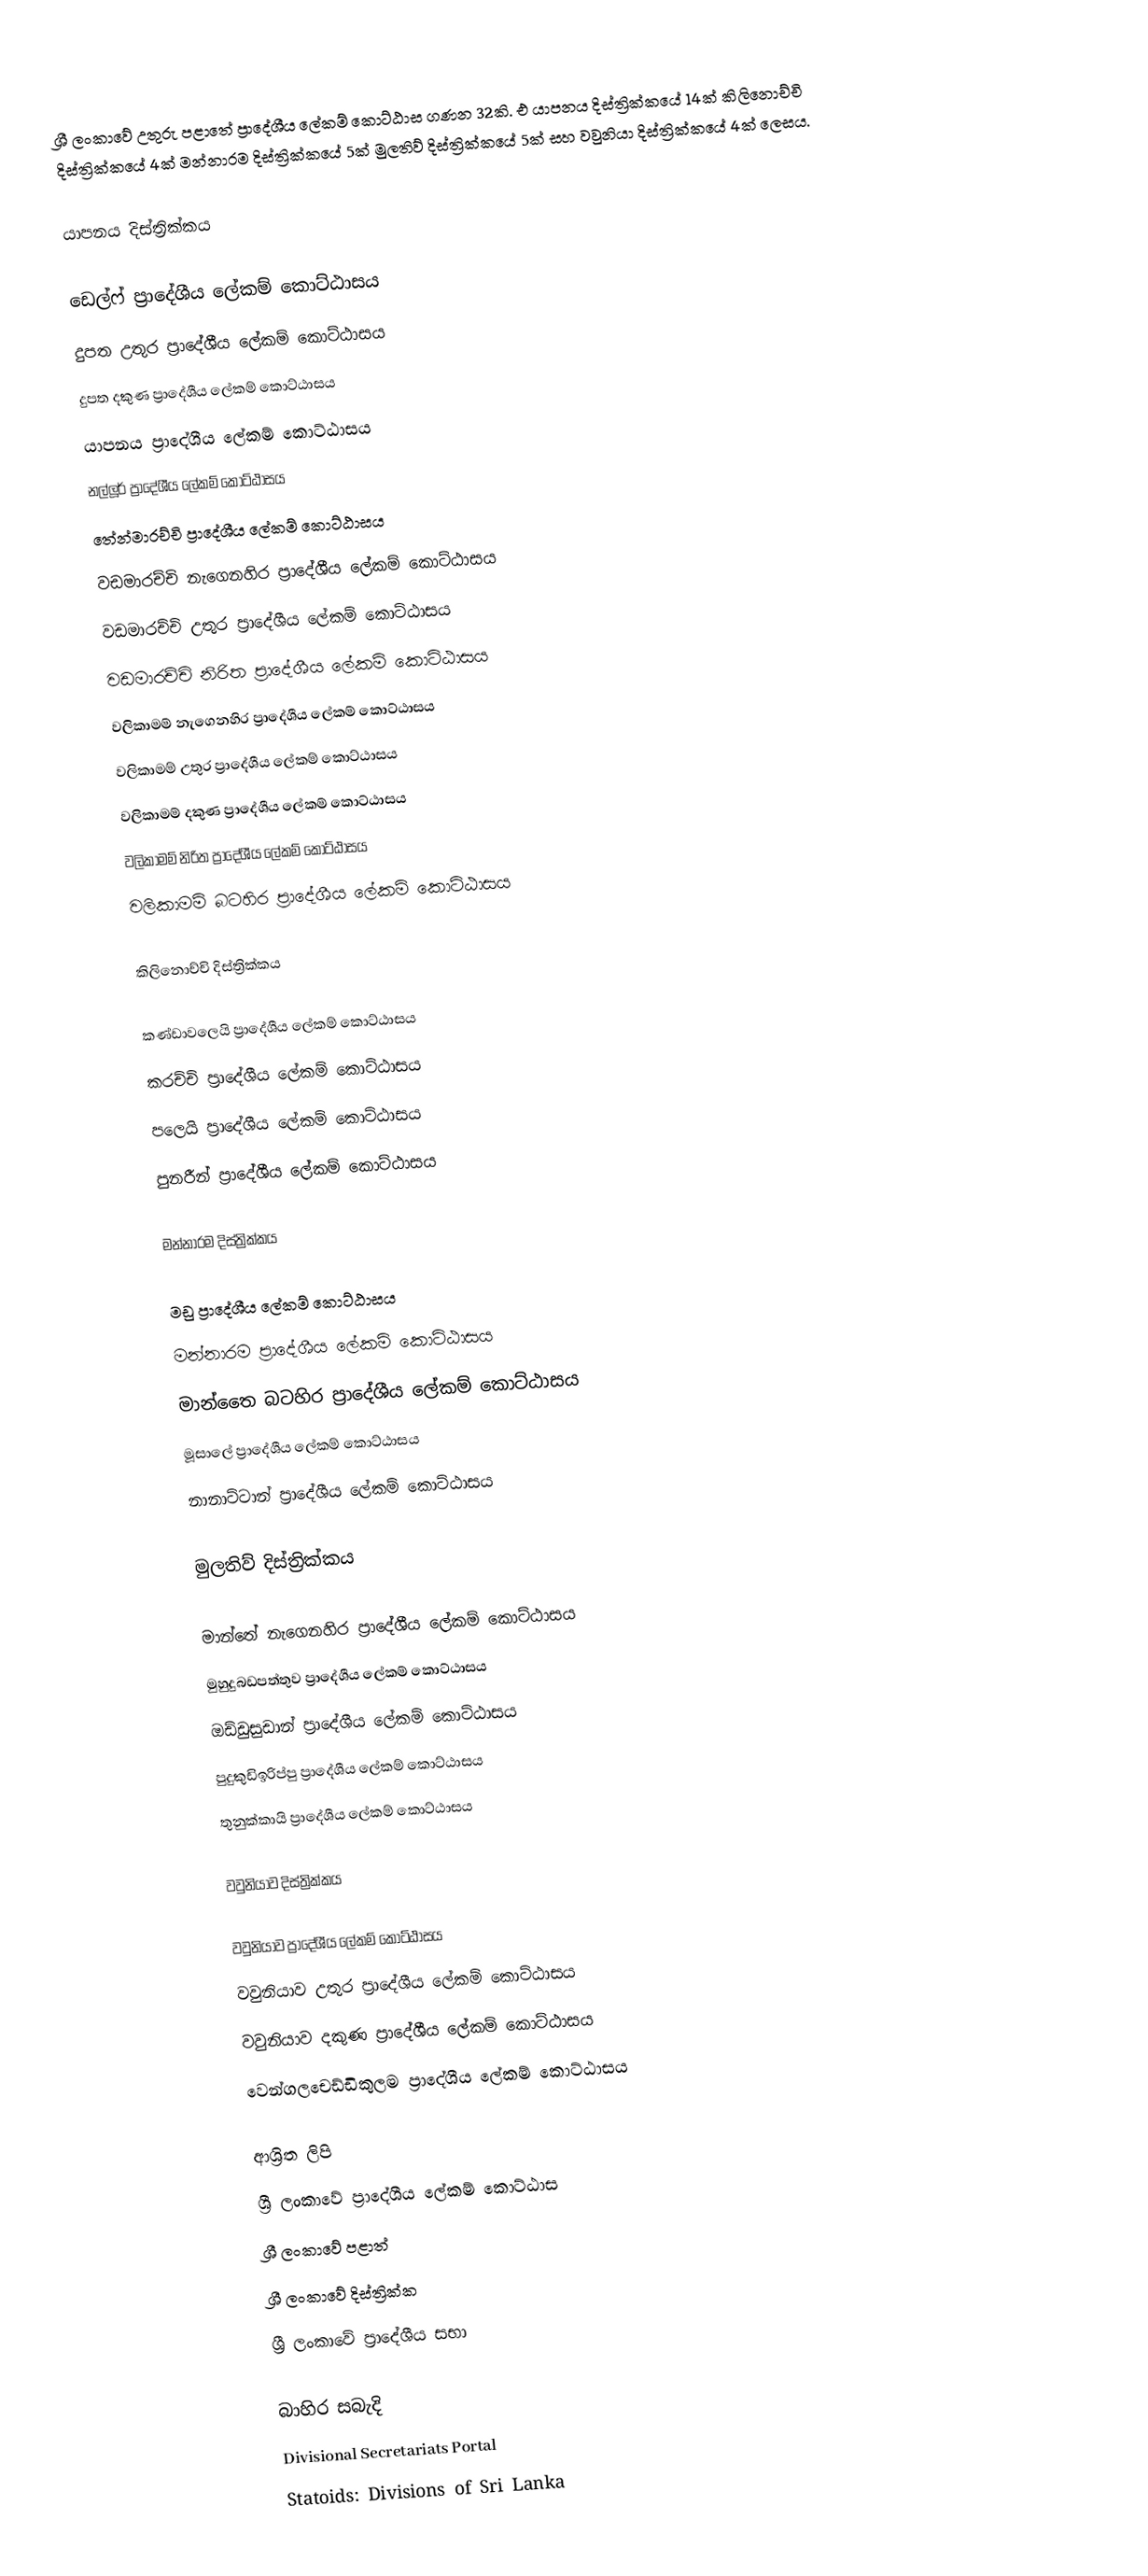
ශ්‍රී ලංකාවේ උතුරු පළාතේ ප්‍රාදේශීය ලේකම් කොට්ඨාස ගණන 32කි. එ යාපනය දිස්ත්‍රික්කයේ 14ක් කිලිනොච්චි දිස්ත්‍රික්කයේ 4ක් මන්නාරම දිස්ත්‍රික්කයේ 5ක් මුලතිව් දිස්ත්‍රික්කයේ 5ක් සහ වවුනියා දිස්ත්‍රික්කයේ 4ක් ලෙසය.

යාපනය දිස්ත්‍රික්කය

 ඩෙල්ෆ් ප්‍රාදේශීය ලේකම් කොට්ඨාසය
 දුපත උතුර ප්‍රාදේශීය ලේකම් කොට්ඨාසය
 දුපත දකුණ ප්‍රාදේශීය ලේකම් කොට්ඨාසය
 යාපනය ප්‍රාදේශීය ලේකම් කොට්ඨාසය
 නල්ලූර් ප්‍රාදේශීය ලේකම් කොට්ඨාසය
 තේන්මාරච්චි ප්‍රාදේශීය ලේකම් කොට්ඨාසය
 වඩමාරච්චි නැගෙනහිර ප්‍රාදේශීය ලේකම් කොට්ඨාසය
 වඩමාරච්චි උතුර ප්‍රාදේශීය ලේකම් කොට්ඨාසය
 වඩමාරච්චි නිරිත ප්‍රාදේශීය ලේකම් කොට්ඨාසය
 වලිකාමම් නැගෙනහිර ප්‍රාදේශීය ලේකම් කොට්ඨාසය
 වලිකාමම් උතුර ප්‍රාදේශීය ලේකම් කොට්ඨාසය
 වලිකාමම් දකුණ ප්‍රාදේශීය ලේකම් කොට්ඨාසය
 වලිකාමම් නිරිත ප්‍රාදේශීය ලේකම් කොට්ඨාසය
 වලිකාමම් බටහිර ප්‍රාදේශීය ලේකම් කොට්ඨාසය

කිලිනොච්චි දිස්ත්‍රික්කය

 කණ්ඩාවලෙයි ප්‍රාදේශීය ලේකම් කොට්ඨාසය
 කරච්චි ප්‍රාදේශීය ලේකම් කොට්ඨාසය
 පලෙයි ප්‍රාදේශීය ලේකම් කොට්ඨාසය
 පුනරීන් ප්‍රාදේශීය ලේකම් කොට්ඨාසය

මන්නාරම දිස්ත්‍රික්කය

 මඩු ප්‍රාදේශීය ලේකම් කොට්ඨාසය
 මන්නාරම ප්‍රාදේශීය ලේකම් කොට්ඨාසය
 මාන්තෛ බටහිර ප්‍රාදේශීය ලේකම් කොට්ඨාසය
 මූසාලේ ප්‍රාදේශීය ලේකම් කොට්ඨාසය
 නානාට්ටාන් ප්‍රාදේශීය ලේකම් කොට්ඨාසය

මුලතිව් දිස්ත්‍රික්කය

 මාන්තේ නැගෙනහිර ප්‍රාදේශීය ලේකම් කොට්ඨාසය
 මුහුදුබඩපත්තුව ප්‍රාදේශීය ලේකම් කොට්ඨාසය
 ඔඩ්ඩුසුඩාන් ප්‍රාදේශීය ලේකම් කොට්ඨාසය
 පුදුකුඩිඉරිප්පු ප්‍රාදේශීය ලේකම් කොට්ඨාසය
 තුනුක්‌කායි ප්‍රාදේශීය ලේකම් කොට්ඨාසය

වවුනියාව දිස්ත්‍රික්කය

 වවුනියාව ප්‍රාදේශීය ලේකම් කොට්ඨාසය
 වවුනියාව උතුර ප්‍රාදේශීය ලේකම් කොට්ඨාසය
 වවුනියාව දකුණ ප්‍රාදේශීය ලේකම් කොට්ඨාසය
 වෙන්ගලචෙඩ්ඩිකුලම ප්‍රාදේශීය ලේකම් කොට්ඨාසය

ආශ්‍රිත ලිපි
 ශ්‍රී ලංකාවේ ප්‍රාදේශීය ලේකම් කොට්ඨාස
 ශ්‍රී ලංකාවේ පළාත්
 ශ්‍රී ලංකාවේ දිස්ත්‍රික්ක
 ශ්‍රී ලංකාවේ ප්‍රාදේශීය සභා

බාහිර සබැදි
 Divisional Secretariats Portal
 Statoids: Divisions of Sri Lanka